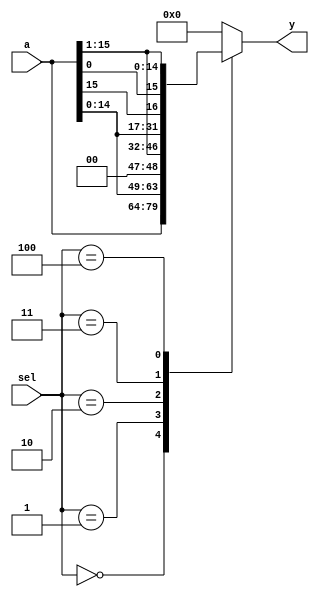
module SFT4A (a, sel, y);
	
	input[15:0] a;
	input[2:0] sel;
	
	output[15:0] y;
	
	reg[15:0] y;
	
	parameter shftpass = 0,
				 sftl     = 1,
				 sftr     = 2,
				 rotl     = 3,
				 rotr     = 4;
				
	always @(a or sel) begin
		case (sel)
			shftpass : y <= a ; // 
         sftl     : y <= {a[14:0], 1'b0} ; //
         sftr     : y <= {1'b0, a[15:1]} ; //
         rotl     : y <= {a[14:0], a[15]} ; //
         rotr     : y <= {a[0], a[15:1]} ; //
		  default : y <= 0 ;
		endcase
	end
	
endmodule